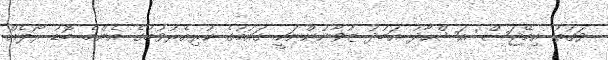
ވަގުތު އިމޭޖަސް: އަޝްހާދު އަބުދު ޒުވާނުންނަކީ ގައުމުގެ ކުރިއެރުވުމުގެ އެންމެ ބޮޑު ރޯލެއް